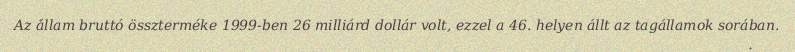
Az állam bruttó összterméke 1999-ben 26 milliárd dollár volt, ezzel a 46. helyen állt az tagállamok sorában.